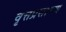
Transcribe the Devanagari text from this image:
वृत्तप्रसारण